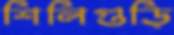
শিলিগুড়ি